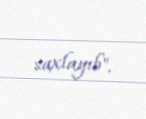
saxlayıb".